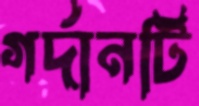
গর্দানটি